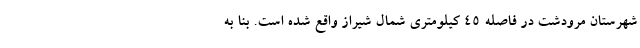
شهرستان مرودشت در فاصله ۴۵ کیلومتری شمال شیراز واقع شده است. بنا به